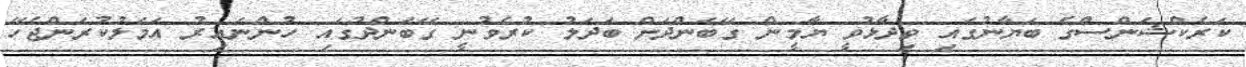
ކަރެކްޝަންސްގެ ބަޔާނުގައި ވިދާޅުވީ ޔާމީން ގޭބަންދަށް ބަދަލު ކުރެވުނީ ގޭބަންދުގައި ހުންނައިރު އަމަލުކުރަންޖެހޭ